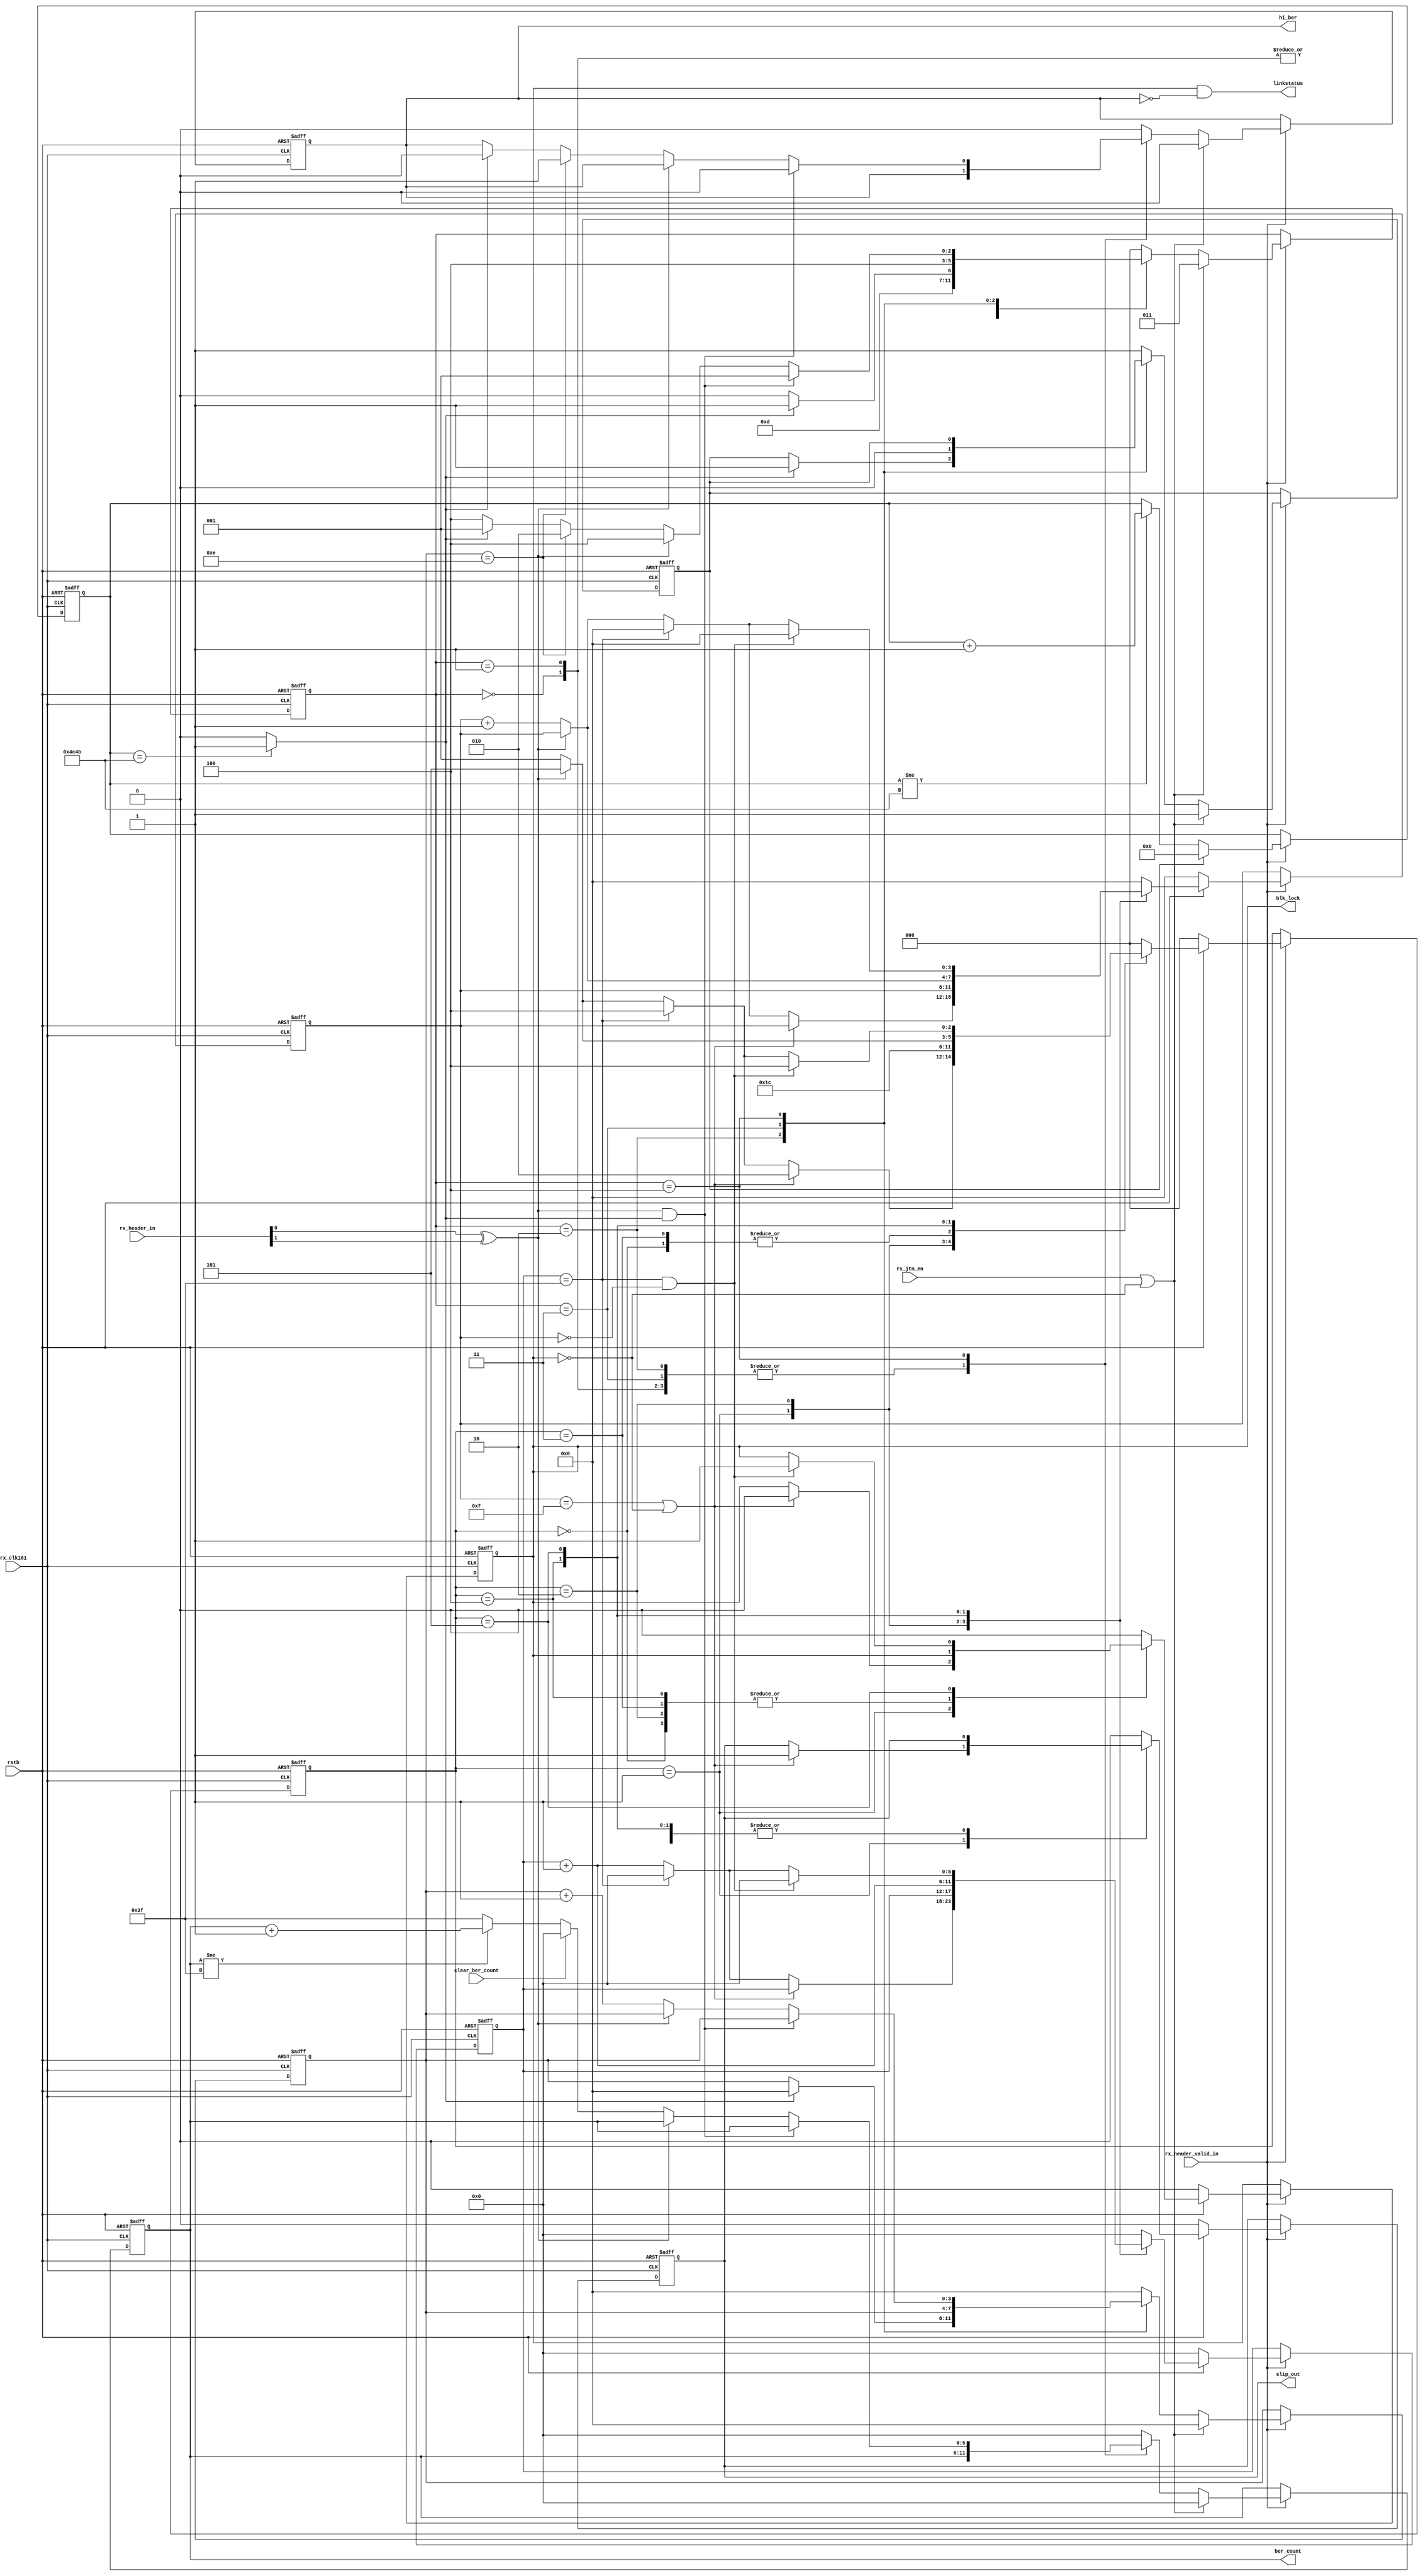
//---------------- Xilinx, CTD Systems & Apps  ------------------------
//
//
//
//
// Begin Date: Tue Jun 22 10:59:32 2004
//
// Description: 
//
//
//  Disclaimer: LIMITED WARRANTY AND DISCLAMER. These designs are
//              provided to you "as is". Xilinx and its licensors make, and you
//              receive no warranties or conditions, express, implied,
//              statutory or otherwise, and Xilinx specifically disclaims any
//              implied warranties of merchantability, non-infringement, or
//              fitness for a particular purpose. Xilinx does not warrant that
//              the functions contained in these designs will meet your
//              requirements, or that the operation of these designs will be
//              uninterrupted or error free, or that defects in the Designs
//              will be corrected. Furthermore, Xilinx does not warrant or
//              make any representations regarding use or the results of the
//              use of the designs in terms of correctness, accuracy,
//              reliability, or otherwise.
//
//              LIMITATION OF LIABILITY. In no event will Xilinx or its
//              licensors be liable for any loss of data, lost profits, cost
//              or procurement of substitute goods or services, or for any
//              special, incidental, consequential, or indirect damages
//              arising from the use or operation of the designs or
//              accompanying documentation, however caused and on any theory
//              of liability. This limitation will apply even if Xilinx
//              has been advised of the possibility of such damage. This
//              limitation shall apply not-withstanding the failure of the
//              essential purpose of any limited remedies herein.
//
//  Copyright  2002 Xilinx, Inc.
//  All rights reserved
//
//                       Revision History
//-----------------------------------------------------------------
// Date Modified             User Name            Full Name
//        Descrition of Changes
//-----------------------------------------------------------------
// $Log: frame_sync.v,v $
// Revision 1.1  2014-07-15 19:51:18  thomas.volpato
// Modificado diretorio de arquivos conforme especificado no documento da datacom
//
// Revision 1.2  2014-07-14 17:36:05  thomas.volpato
// arquivos alterados para solucionar problemas de timing
//
// Revision 1.1  2014-07-07 23:58:22  ricardo.guazzelli
// adicionado arquivos atualizados
//
//
//
//-----------------------------------------------------------------
// NOTES:
//-----------------------------------------------------------------
//
//
//-----------------------------------------------------------------

module frame_sync (
                   //  input ports
                   //rx_data_fsync, 
                   rx_header_in, rx_header_valid_in,
                   rstb, 
                   rx_jtm_en, rx_clk161, clear_ber_count,
                   //  output ports
                   slip_out,
                   
                   //rx_sync_ce,
                   hi_ber, blk_lock, linkstatus, ber_count
                   //rxd_sync_out
                    
                   );
    
    parameter [31:0] TIMER_MAX = 31'h4c4b;

    input           rstb;   
    input           rx_clk161;  
    input           rx_jtm_en; 
    input           clear_ber_count;
    input  [1:0]    rx_header_in;
    input           rx_header_valid_in;

    output          hi_ber;
    output          blk_lock;
    output          linkstatus;
    output [5:0]    ber_count;
    output          slip_out;

    wire            rstb;
    wire            rx_jtm_en;
    wire            rx_clk161;
    wire            linkstatus;
    wire            sh_valid;
    wire            timer_done;
    //wire [65:0]     rxd;
    //wire            spill;
    //wire [65:0]     rxd_sync_out;
    wire            rx_sync_ce;
    
    
    reg [5:0]       ber_count;
    reg             start_timer;
    reg [5:0]       sh_cnt;
    reg [3:0]       sh_invalid_cnt;
    reg             slip;   
    reg [30:0]      timer;
    reg [3:0]       ber_cnt;
    reg             hi_ber;
    reg             blk_lock;





    parameter [2:0]	 // synopsys enum visual_LOCK_states 
        LOCK_INIT  = 3'b000,
        INVALID_SH = 3'b001,
        SLIP       = 3'b010,
        SLIP_W     = 3'b011,
        TEST_SH    = 3'b100,
        VALID_SH   = 3'b101;
    
    
    reg [2:0]       /* synopsys enum visual_LOCK_states */ LOCK_current;
    // synopsys state_vector LOCK_current
    
    
    parameter [2:0]
        RESET_BER   = 3'b000,
        GOOD_BER    = 3'b001,
        S_HI_BER      = 3'b010,
        START_TIMER = 3'b011,
        TEST        = 3'b100;
    
    
    reg [2:0]       visual_RESET_BER_current;
    

    // Synchronous process
    always  @(posedge rx_clk161 or negedge rstb)
        begin : frame_sync_LOCK_INIT
            
            if (rstb == 1'b0)
                begin
                    blk_lock <= 1'b0;
                    slip <= 1'b0;
                    sh_cnt <= 6'h00;
                    sh_invalid_cnt <= 4'h0;
                    LOCK_current <= LOCK_INIT;
                end
            else if (rx_sync_ce)
                begin
                    if (!(rstb))
                        begin
                            blk_lock <= 1'b0;
                            slip <= 1'b0;
                            sh_cnt <= 6'h00;
                            sh_invalid_cnt <= 4'h0;
                            LOCK_current <= LOCK_INIT;
                        end
                    else
                        begin
                            
                            case (LOCK_current)  // synopsys parallel_case full_case
                                LOCK_INIT:
                                    begin
                                        sh_cnt <= 6'h00;
                                        sh_invalid_cnt <= 4'h0;
                                        LOCK_current <= TEST_SH;
                                    end
                                
                                INVALID_SH:
                                    begin
                                        if (sh_invalid_cnt == 4'hf | !(blk_lock))
                                            begin
                                                slip <= 1'b1;
                                                blk_lock <= 1'b0;
                                                LOCK_current <= SLIP;
                                            end
                                        else if (sh_cnt == 6'h3f)
                                            begin
                                                sh_cnt <= 6'h00;
                                                sh_invalid_cnt <= 4'h0;
                                                LOCK_current <= TEST_SH;
                                            end
                                        else if (sh_valid)
                                            begin
                                                sh_cnt <= sh_cnt + 1'b1;
                                                LOCK_current <= VALID_SH;
                                            end
                                        else
                                            begin
                                                sh_cnt <= sh_cnt + 1'b1;
                                                sh_invalid_cnt <= sh_invalid_cnt + 1'b1;
                                                LOCK_current <= INVALID_SH;
                                            end
                                    end
                                
                                SLIP:
                                    begin
                                        // if (slip_done)
                                        //     begin
                                        //         slip <= 1'b0;
                                        //         LOCK_current <= SLIP_W;
                                        //     end
                                        // else
                                        slip <= 1'b0;
                                        LOCK_current <= SLIP_W;
                                    end
                                
                                SLIP_W:
                                    begin
                                        sh_cnt <= 6'h00;
                                        sh_invalid_cnt <= 4'h0;
                                        LOCK_current <= TEST_SH;
                                    end
                                
                                TEST_SH:
                                    begin
                                        if (sh_valid)
                                            begin
                                                sh_cnt <= sh_cnt + 1'b1;
                                                LOCK_current <= VALID_SH;
                                            end
                                        else
                                            begin
                                                sh_cnt <= sh_cnt + 1'b1;
                                                sh_invalid_cnt <= sh_invalid_cnt + 1'b1;
                                                LOCK_current <= INVALID_SH;
                                            end
                                    end
                                
                                VALID_SH:
                                    begin
                                        if (sh_cnt == 6'h3f & sh_invalid_cnt == 4'h0)
                                            begin
                                                blk_lock <= 1'b1;
                                                sh_cnt <= 6'h00;
                                                sh_invalid_cnt <= 4'h0;
                                                LOCK_current <= TEST_SH;
                                            end
                                        else if (sh_cnt == 6'h3f)
                                            begin
                                                sh_cnt <= 6'h00;
                                                sh_invalid_cnt <= 4'h0;
                                                LOCK_current <= TEST_SH;
                                            end
                                        else if (sh_valid)
                                            begin
                                                sh_cnt <= sh_cnt + 1'b1;
                                                LOCK_current <= VALID_SH;
                                            end
                                        else
                                            begin
                                                sh_cnt <= sh_cnt + 1'b1;
                                                sh_invalid_cnt <= sh_invalid_cnt + 1'b1;
                                                LOCK_current <= INVALID_SH;
                                            end
                                    end
                                
                                default:
                                    begin
                                        blk_lock <= 1'b0;
                                        slip <= 1'b0;
                                        sh_cnt <= 6'h00;
                                        sh_invalid_cnt <= 4'h0;
                                        LOCK_current <= LOCK_INIT;
                                    end
                            endcase
                        end
                end
        end
    
    
    
    // Synchronous process
    always  @(posedge rx_clk161 or negedge rstb)
        begin : frame_sync_RESET_BER
            
            if (rstb == 1'b0)
                begin
                    hi_ber <= 1'b0;
                    ber_count <= 6'h00;
                    start_timer <= 1'b1;
                    ber_cnt <= 4'h0;
                    visual_RESET_BER_current <= RESET_BER;
                end
            else if (rx_sync_ce)
                begin
                    if (rx_jtm_en | !(blk_lock))
                        begin
                            hi_ber <= 1'b0;
                            ber_count <= 6'h00;
                            start_timer <= 1'b1;
                            ber_cnt <= 4'h0;
                            visual_RESET_BER_current <= START_TIMER;
                        end
                    else
                        begin
                            
                            case (visual_RESET_BER_current)  // synopsys parallel_case full_case
                                RESET_BER:
                                    begin
                                        start_timer <= 1'b1;
                                        ber_cnt <= 4'h0;
                                        visual_RESET_BER_current <= START_TIMER;
                                    end
                                
                                GOOD_BER:
                                    begin
                                        start_timer <= 1'b1;
                                        ber_cnt <= 4'h0;
                                        visual_RESET_BER_current <= START_TIMER;
                                    end
                                
                                S_HI_BER:
                                    begin
                                        if (timer_done)
                                            begin
                                                start_timer <= 1'b1;
                                                ber_cnt <= 4'h0;
                                                visual_RESET_BER_current <= START_TIMER;
                                            end
                                        else
                                            visual_RESET_BER_current <= S_HI_BER;
                                    end
                                
                                START_TIMER:
                                    begin
                                        start_timer <= 1'b0;
                                        visual_RESET_BER_current <= TEST;
                                    end
                                
                                TEST:
                                    begin
                                        if (sh_valid & timer_done)
                                            begin
                                                hi_ber <= 1'b0;
                                                visual_RESET_BER_current <= GOOD_BER;
                                            end
                                        else if (!(sh_valid))
                                            begin
                                                ber_cnt <= ber_cnt + 1;
                                                ber_count <= (clear_ber_count) ? 6'h00 :
                                                             (ber_count != 6'h3f) ?  ber_count + 1'b1 : 6'h3f;
                                                if (ber_cnt == 4'he)
                                                    begin
                                                        hi_ber <= 1'b1;
                                                        visual_RESET_BER_current <= S_HI_BER;
                                                    end
                                                else if (timer_done)
                                                    begin
                                                        hi_ber <= 1'b0;
                                                        visual_RESET_BER_current <= GOOD_BER;
                                                    end
                                                else
                                                    begin
                                                        visual_RESET_BER_current <= TEST;
                                                    end
                                            end
                                        else
                                            visual_RESET_BER_current <= TEST;
                                    end
                                
                                default:
                                    begin
                                        hi_ber <= 1'b0;
                                        ber_count <= 6'h00;
                                        start_timer <= 1'b1;
                                        ber_cnt <= 4'h0;
                                        visual_RESET_BER_current <= RESET_BER;
                                    end
                            endcase
                        end
                end
        end
    
    
    
    //-----------------------------------------------------------------
    // Function: 125us timer
    //
    //-----------------------------------------------------------------
    always@(posedge rx_clk161 or negedge rstb)
        if(~rstb) begin
  	        timer <= 31'h0000;
        end 
        else if (rx_sync_ce)
            begin
  	            if(start_timer)
  	                timer <= 31'h0000;
  	            else if (timer != TIMER_MAX)
  	                timer <= timer + 1'b1;
            end
    
    assign timer_done = (timer == TIMER_MAX) ? 1'b1 : 1'b0;

    assign sh_valid = rx_header_in[0] ^ rx_header_in[1];

    
    //assign slip_done_out = slip_done;
    assign slip_out = slip;    
    assign rx_sync_ce = rx_header_valid_in;


    // =================================================
    //
    // MDIO signal processing
    //
    // =================================================
    

    assign  linkstatus = blk_lock && ~hi_ber;
    

    
    
    
    
endmodule